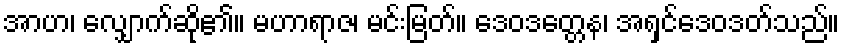
အာဟ၊ လျှောက်ဆို၏။ မဟာရာဇ၊ မင်းမြတ်။ ဒေဝဒတ္တေန၊ အရှင်ဒေဝဒတ်သည်။